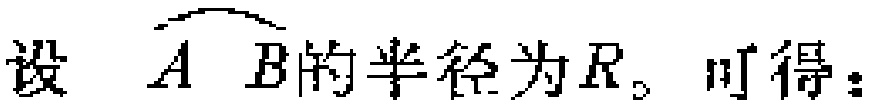
设\(\overset{\frown}{AB}\)的半径为\(R\)。可得：